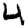
Digit: 4